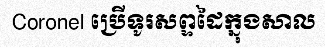
Coronel ប្រើទូរសព្ទដៃក្នុងសាល